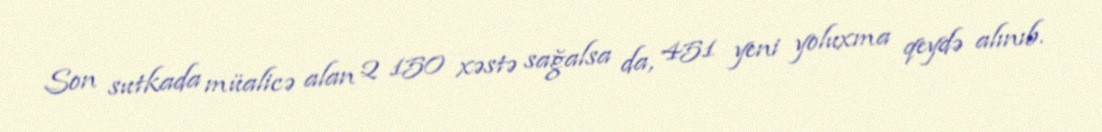
Son sutkada müalicə alan 2 150 xəstə sağalsa da, 451 yeni yoluxma qeydə alınıb.